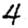
Digit: 4